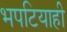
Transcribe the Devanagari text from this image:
भपटियाही